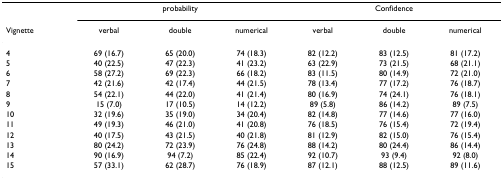
<table><thead><tr><td></td><td colspan="3"><b>probability</b></td><td colspan="3"><b>Confidence</b></td></tr><tr><td><b>Vignette</b></td><td><b>verbal</b></td><td><b>double</b></td><td><b>numerical</b></td><td><b>verbal</b></td><td><b>double</b></td><td><b>numerical</b></td></tr></thead><tbody><tr><td>4</td><td>69 (16.7)</td><td>65 (20.0)</td><td>74 (18.3)</td><td>82 (12.2)</td><td>83 (12.5)</td><td>81 (17.2)</td></tr><tr><td>5</td><td>40 (22.5)</td><td>47 (22.3)</td><td>41 (23.2)</td><td>63 (22.9)</td><td>73 (21.5)</td><td>68 (21.1)</td></tr><tr><td>6</td><td>58 (27.2)</td><td>69 (22.3)</td><td>66 (18.2)</td><td>83 (11.5)</td><td>80 (14.9)</td><td>72 (21.0)</td></tr><tr><td>7</td><td>42 (21.6)</td><td>42 (17.4)</td><td>44 (21.5)</td><td>78 (13.4)</td><td>77 (17.2)</td><td>76 (18.7)</td></tr><tr><td>8</td><td>54 (22.1)</td><td>44 (22.0)</td><td>41 (21.4)</td><td>80 (16.9)</td><td>74 (24.1)</td><td>76 (18.1)</td></tr><tr><td>9</td><td>15 (7.0)</td><td>17 (10.5)</td><td>14 (12.2)</td><td>89 (5.8)</td><td>86 (14.2)</td><td>89 (7.5)</td></tr><tr><td>10</td><td>32 (19.6)</td><td>35 (19.0)</td><td>34 (20.4)</td><td>82 (14.8)</td><td>77 (14.6)</td><td>77 (16.0)</td></tr><tr><td>11</td><td>49 (19.3)</td><td>46 (21.0)</td><td>41 (20.8)</td><td>76 (18.5)</td><td>76 (15.4)</td><td>72 (19.4)</td></tr><tr><td>12</td><td>40 (17.5)</td><td>43 (21.5)</td><td>40 (21.8)</td><td>81 (12.9)</td><td>82 (15.0)</td><td>76 (15.4)</td></tr><tr><td>13</td><td>80 (24.2)</td><td>72 (23.9)</td><td>76 (24.8)</td><td>88 (14.2)</td><td>80 (24.4)</td><td>86 (14.4)</td></tr><tr><td>14</td><td>90 (16.9)</td><td>94 (7.2)</td><td>85 (22.4)</td><td>92 (10.7)</td><td>93 (9.4)</td><td>92 (8.0)</td></tr><tr><td>15</td><td>57 (33.1)</td><td>62 (28.7)</td><td>76 (18.9)</td><td>87 (12.1)</td><td>88 (12.5)</td><td>89 (11.6)</td></tr></tbody></table>